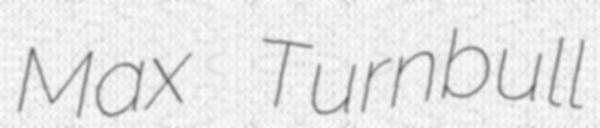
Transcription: Max Turnbull